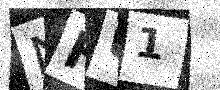
Text: NHU1